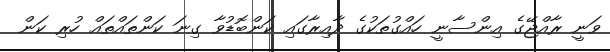
ވަނީ ރާއްޖޭގެ އިންސާނީ ހައްގުތަކުގެ ދާއިރާގައި ކަންބޮޑުވާ ގިނަ ކަންތައްތައް ހުރި ކަން